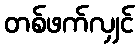
တစ်ဖက်လျှင်